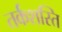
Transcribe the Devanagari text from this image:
तर्कशस्ति